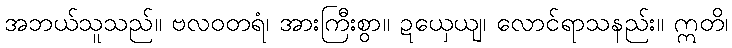
အဘယ်သူသည်။ ဗလဝတရံ၊ အားကြီးစွာ။ ဍယှေယျ၊ လောင်ရာသနည်း။ ဣတိ၊